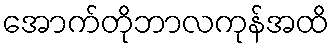
အောက်တိုဘာလကုန်အထိ